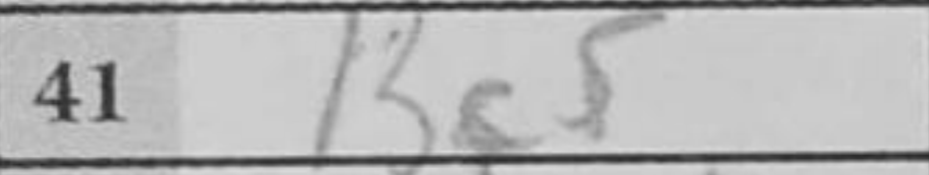
Transcription: Bc5